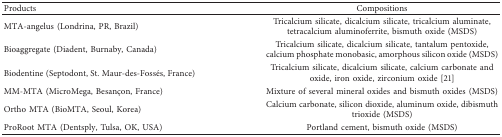
| Products | Compositions |
 | --- | --- |
 | MTA-angelus (Londrina, PR, Brazil) | Tricalcium silicate, dicalcium silicate, tricalcium aluminate, tetracalcium aluminoferrite, bismuth oxide (MSDS) |
 | Bioaggregate (Diadent, Burnaby, Canada) | Tricalcium silicate, dicalcium silicate, tantalum pentoxide, calcium phosphate monobasic, amorphous silicon oxide (MSDS) |
 | Biodentine (Septodont, St. Maur-des-Fossés, France) | Tricalcium silicate, dicalcium silicate, calcium carbonate and oxide, iron oxide, zirconium oxide [21] |
 | MM-MTA (MicroMega, Besançon, France) | Mixture of several mineral oxides and bismuth oxides (MSDS) |
 | Ortho MTA (BioMTA, Seoul, Korea) | Calcium carbonate, silicon dioxide, aluminum oxide, dibismuth trioxide (MSDS) |
 | ProRoot MTA (Dentsply, Tulsa, OK, USA) | Portland cement, bismuth oxide (MSDS) |